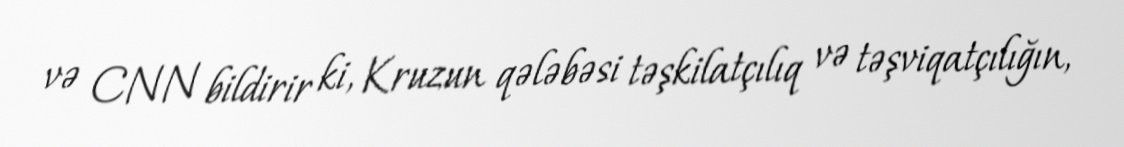
və CNN bildirir ki, Kruzun qələbəsi təşkilatçılıq və təşviqatçılığın,